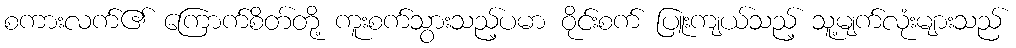
စကားလက်၏ ကြောက်စိတ်တို့ ကူးစက်သွားသည့်ပမာ ဝိုင်းစက် ပြူးကျယ်သည့် သူ့မျက်လုံးများသည်